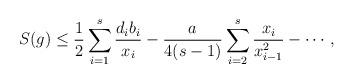
LaTeX: \begin{align*}S(g)\le\frac12\sum_{i=1}^s\frac{d_ib_i}{x_i}-\frac a{4(s-1)}\sum_{i=2}^s\frac{x_i}{x_{i-1}^2}-\cdots,\end{align*}